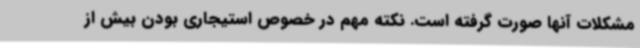
مشکلات آنها صورت گرفته است. نکته مهم در خصوص استیجاری بودن بیش از